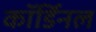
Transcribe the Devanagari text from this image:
कॉर्डिनल